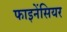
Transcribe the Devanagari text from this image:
फाइनेंसियर